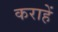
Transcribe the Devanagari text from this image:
कराहें